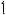
1